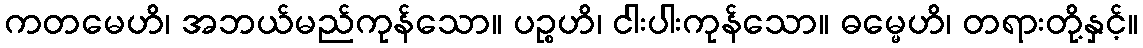
ကတမေဟိ၊ အဘယ်မည်ကုန်သော။ ပဉ္စဟိ၊ ငါးပါးကုန်သော။ ဓမ္မေဟိ၊ တရားတို့နှင့်။